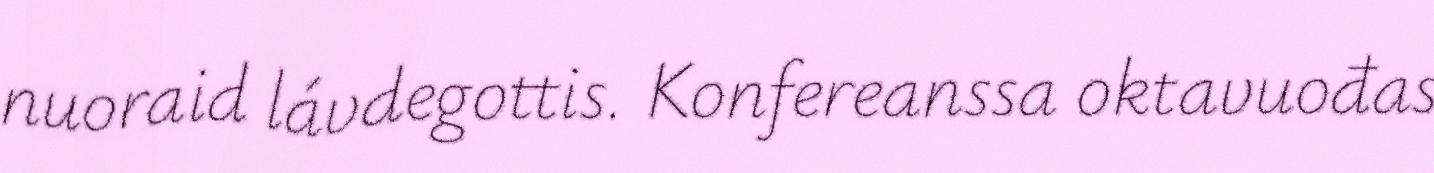
nuoraid lávdegottis. Konfereanssa oktavuođas